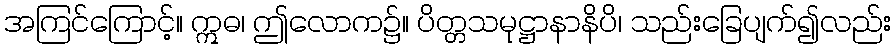
အကြင်ကြောင့်။ ဣဓ၊ ဤလောက၌။ ပိတ္တသမုဋ္ဌာနာနိပိ၊ သည်းခြေပျက်၍လည်း